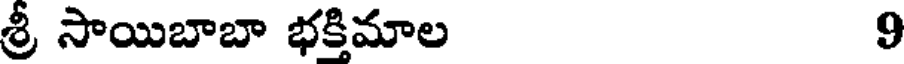
శ్రీ సాయిబాబా భక్తిమాల 9